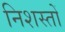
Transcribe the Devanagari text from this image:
निशस्तों